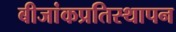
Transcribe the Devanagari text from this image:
बीजांकप्रतिस्थापन